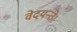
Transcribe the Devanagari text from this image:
वेदयन्ते।